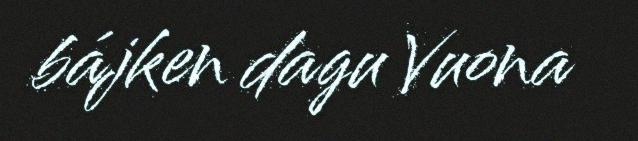
bájken dagu Vuona